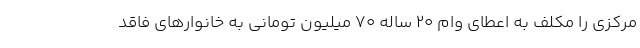
مرکزی را مکلف به اعطای وام ۲۰ ساله ۷۰ میلیون تومانی به خانوارهای فاقد